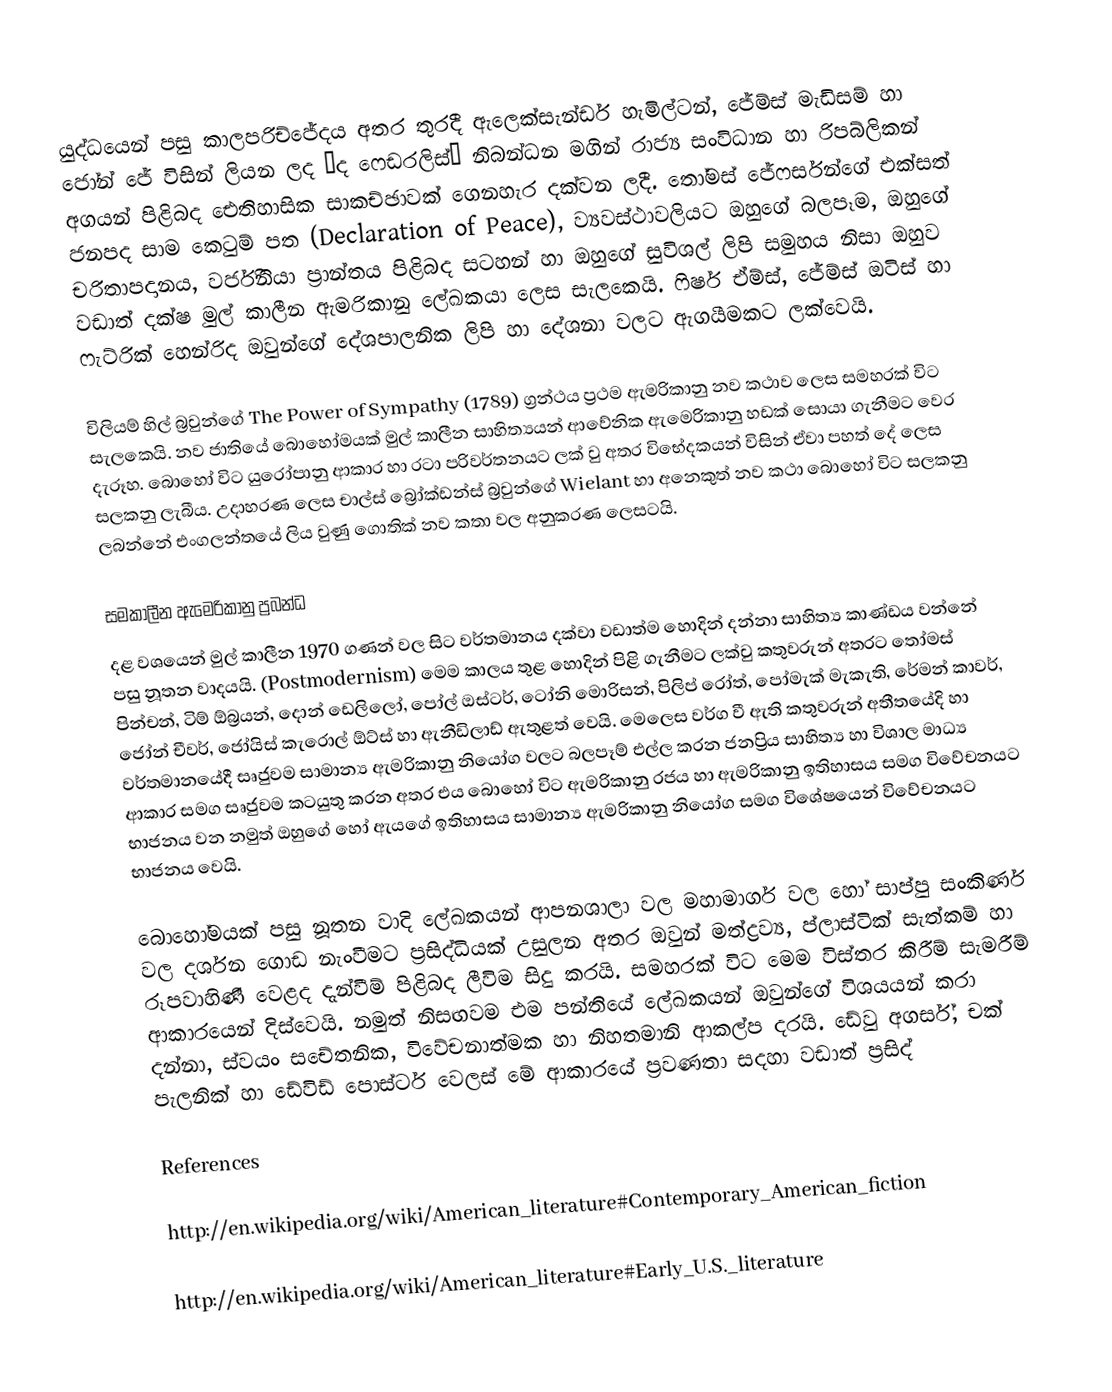
යුද්ධයෙන් පසු කාලපරිච්ජේදය අතර තුරදී ඇලෙක්සැන්ඩර් හැමිල්ටන්, ජේම්ස් මැඩිසම් හා ජෝන් ජේ විසින් ලියන ලද “ද ෆෙඩරලිස්” නිබන්ධන මගින් රාජ්‍ය සංවිධාන හා රිපබ්ලිකන් අගයන් පිළිබද ඓතිහාසික සාකච්ඡාවක් ගෙනහැර දක්වන ලදී. තෝමස් ජේෆර්සන්ගේ එක්සත් ජනපද සාම කෙටුම් පත (Declaration of Peace), ව්‍යවස්ථාවලියට ඔහුගේ බලපෑම, ඔහුගේ චරිතාපදානය, වර්ජිනියා ප්‍රාන්තය පිළිබද සටහන් හා ඔහුගේ සුවිශල් ලිපි සමුහය නිසා ඔහුව වඩාත් දක්ෂ මුල් කාලීන ඇමරිකානු ලේඛකයා ලෙස සැලකෙයි. ෆිෂර් ඒම්ස්, ජේම්ස් ඔටිස් හා ෆැට්රික් හෙන්රිද ඔවුන්ගේ දේශපාලනික ලිපි හා දේශනා වලට ඇගයීමකට ලක්වෙයි.

විලියම් හිල් බ්‍රවුන්ගේ The Power of Sympathy (1789) ග්‍රන්ථය ප්‍රථම ඇමරිකානු නව කථාව ලෙස සමහරක් විට සැලකෙයි. නව ජාතියේ බොහෝමයක් මුල් කාලීන සාහිත්‍යයන් ආවේනික ඇමෙරිකානු හඩක් ‍සොයා ගැනීමට වෙර දැරූහ. බොහෝ විට යුරෝපානු ආකාර හා රටා පරිවර්තනයට ලක් වු අතර විභේදකයන් විසින් ඒවා පහත් දේ ලෙස සලකනු ලැබීය. උදාහරණ ලෙස චාල්ස් බ්‍රෝක්ඩන්ස් බ්‍රවුන්ගේ Wielant හා අනෙකුත් නව කථා බොහෝ විට සලකනු ලබන්නේ එංගලන්තයේ ලිය වුණු ගොතික් නව කතා වල අනුකරණ ලෙසටයි.

සමකාලීන ඇමෙරිකානු ප්‍රබන්ධ
දළ වශයෙන් මුල් කාලීන 1970 ගණන් වල සිට වර්තමානය දක්වා වඩාත්ම හොදින් දන්නා සාහිත්‍ය කාණ්ඩය වන්නේ පසු නූතන වාදයයි. (Postmodernism) මෙම කාලය තුළ හොදින් පිළි ගැනීමට ලක්වු කතුවරුන් අතරට තෝමස් පින්චන්, ටිම් ඕබ්‍රයන්, දොන් ඩෙලිලෝ, පෝල් ඔස්ටර්, ටෝනි මොරිසන්, පිලිප් රෝත්, පෝමැක්  මැකැති, රේමන් කාවර්, ජෝන් චීවර්, ජෝයිස් කැරොල් ඕට්ස් හා ඇනීඩිලාඩ් ඇතුළත් වෙයි. මෙ‍ලෙස වර්ග වී ඇති කතුවරුන් අතීතයේදි හා වර්තමානයේදී සෘජුවම සාමාන්‍ය ඇමරිකානු නියෝග වලට බලපෑම් එල්ල කරන ජනප්‍රිය සාහිත්‍ය හා විශාල මාධ්‍ය ආකාර සමග සෘජුවම කටයුතු කරන අතර එය බොහෝ විට ඇමරිකානු රජය හා ඇමරිකානු ඉතිහාසය සමග විවේචනයට භාජනය වන නමුත් ඔහුගේ හෝ ඇයගේ ඉතිහාසය සාමාන්‍ය ඇමරිකානු නියෝග සමග විශේෂයෙන් විවේචනයට භාජනය වෙයි.

බොහෝමයක් පසු නූතන වාදි ලේඛකයන් ආපනශාලා වල මහාමාර්ග වල හෝ සාප්පු සංකිර්ණ වල දර්ශන ගොඩ නැංවීමට ප්‍රසිද්ධියක් උසුලන අතර ඔවුන් මත්ද්‍රව්‍ය, ප්ලාස්ටික් සැත්කම් හා රූපවාහිණී වෙළද දැන්වීම් පිළිබද ලීවිම සිදු කරයි. සමහරක් වි‍ට මෙම විස්තර කිරීම් සැමරීම් ආකාරයෙන් දිස්වෙයි. නමුත් නිසඟවම එම පන්තියේ ලේඛකයන් ඔවුන්ගේ විශයයන් කරා දන්නා, ස්වයං සචේතනික, විවේචනාත්මක හා නිහතමානි ආකල්ප දරයි. ඩේවු අගර්ස්, චක් පැලනික් හා ඩේවිඩ් පොස්ටර් වෙලස් මේ ආකාරයේ ප්‍රවණතා සදහා වඩාත් ප්‍රසිද්

References

http://en.wikipedia.org/wiki/American_literature#Contemporary_American_fiction

http://en.wikipedia.org/wiki/American_literature#Early_U.S._literature